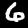
Label: 6